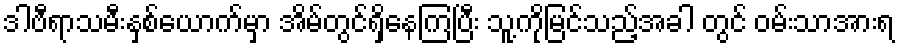
ဒါဗီရာသမီးနှစ်ယောက်မှာ အိမ်တွင်ရှိနေကြပြီး သူ့ကိုမြင်သည့်အခါ တွင် ဝမ်းသာအားရ